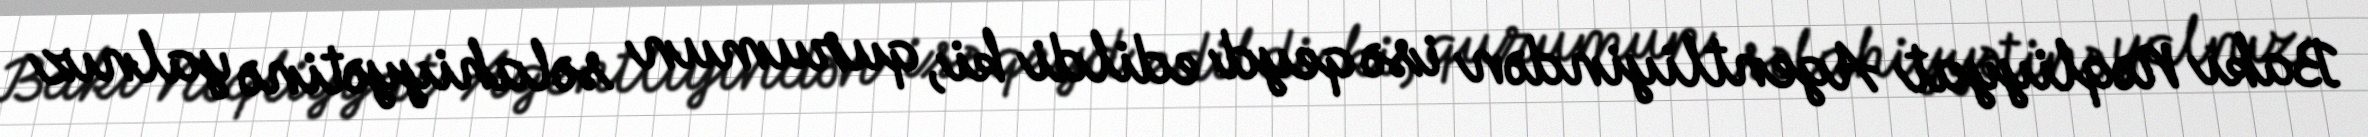
Bakı Nəqliyyat Agentliyindən isə qeyd edildi ki, qurumun səlahiyyətinə yalnız